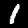
Label: 1